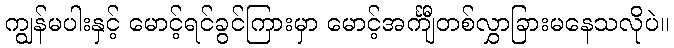
ကျွန်မပါးနှင့် မောင့်ရင်ခွင်ကြားမှာ မောင့်အင်္ကျီတစ်လွှာခြားမနေသလိုပဲ။